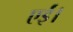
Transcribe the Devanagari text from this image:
एईं।